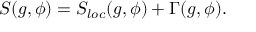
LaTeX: S ( g , \phi ) = S _ { l o c } ( g , \phi ) + \Gamma ( g , \phi ) .